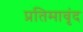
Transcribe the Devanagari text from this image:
प्रतिमावृंद